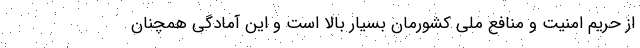
از حریم امنیت و منافع ملی کشورمان بسیار بالا است و این آمادگی همچنان